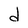
Character: d